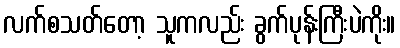
လက်စသတ်တော့ သူကလည်း ခွက်ပုန်းကြီးပဲကိုး။